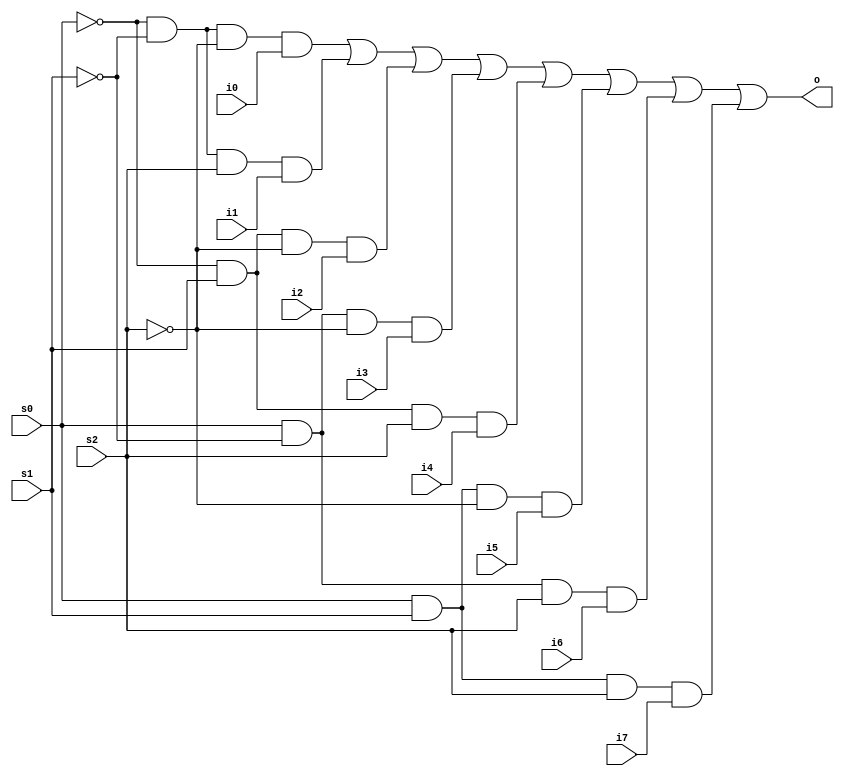
`timescale 1ns / 1ps
//////////////////////////////////////////////////////////////////////////////////
// Company: 
// Engineer: 
// 
// Design Name: 
// Module Name:    mux8 
// Project Name: 
// Target Devices: 
// Tool versions: 
// Description: 
//
// Dependencies: 
//
// Revision: 
// Revision 0.01 - File Created
// Additional Comments: 
//
//////////////////////////////////////////////////////////////////////////////////
module mux8(
    input s0,
    input s1,
    input s2,
    input i0,
    input i1,
    input i2,
    input i3,
    input i4,
    input i5,
    input i6,
    input i7,
    output o
    );
	 wire w1,w2,w3,w4,w5,w6,w7,w8;
	 wire s0bar,s1bar,s2bar;
	 not(s0bar,s0);
	 not(s1bar,s1);
	 not(s2bar,s2);
	 and(w1,s0bar,s1bar,s2bar,i0);
	 and(w2,s0bar,s1bar,s2,i1);
	 and(w3,s0bar,s1,s2bar,i2);
	 and(w4,s0,s1bar,s2bar,i3);
	 and(w5,s0bar,s1,s2,i4);
	 and(w6,s0,s1,s2bar,i5);
	 and(w7,s0,s1bar,s2,i6);
	 and(w8,s0,s1,s2,i7);
	 or(o,w1,w2,w3,w4,w5,w6,w7,w8);
	 
	 
	 


endmodule